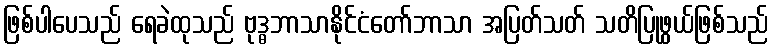
ဖြစ်ပါပေသည် ရေခဲထုသည် ဗုဒ္ဓဘာသာနိုင်ငံတော်ဘာသာ အပြတ်သတ် သတိပြုဖွယ်ဖြစ်သည်